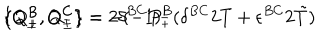
\{ Q _ { \pm } ^ { B } , Q _ { \pm } ^ { C } \} = 2 \delta ^ { B C } P _ { \mp } \hspace { 2 c m } \{ Q _ { + } ^ { B } , Q _ { - } ^ { C } \} = - ( - 1 ) ^ { B } ( \delta ^ { B C } 2 T + \epsilon ^ { B C } 2 \tilde { T } )